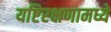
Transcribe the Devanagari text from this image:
यष्टिरक्षणामध्ये